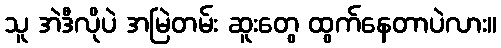
သူ အဲဒီလိုပဲ အမြဲတမ်း ဆူးတွေ ထွက်နေတာပဲလား။